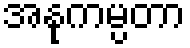
အနုကမ္ပတာ